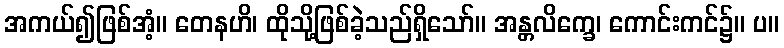
အကယ်၍ဖြစ်အံ့။ တေနဟိ၊ ထိုသို့ဖြစ်ခဲ့သည်ရှိသော်။ အန္တလိက္ခေ၊ ကောင်းကင်၌။ ပ။